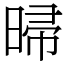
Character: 㫶